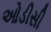
ઓડીસી